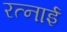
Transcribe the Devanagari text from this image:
रत्नाई